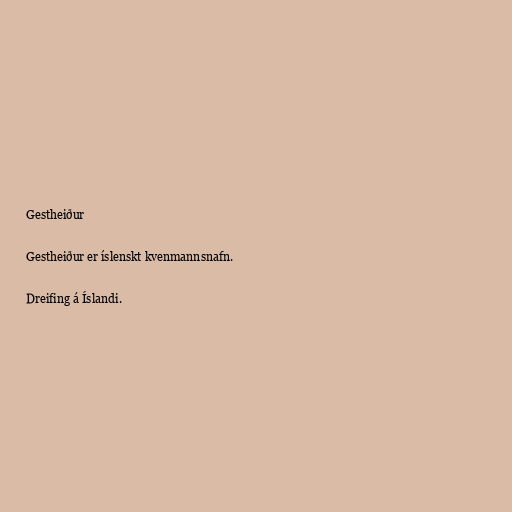
Gestheiður

Gestheiður er íslenskt kvenmannsnafn.

Dreifing á Íslandi.